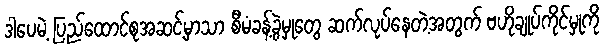
ဒါပေမဲ့ ပြည်ထောင်စုအဆင့်မှာသာ စီမံခန့်ခွဲမှုတွေ ဆက်လုပ်နေတဲ့အတွက် ဗဟိုချုပ်ကိုင်မှုကို